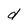
Character: d